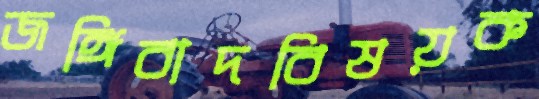
জঙ্গিবাদবিষয়ক